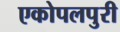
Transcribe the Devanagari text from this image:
एकोपलपुरी